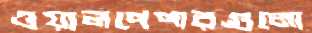
ওয়ালপেপারগুলো